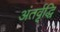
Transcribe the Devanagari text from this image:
अंतर्वृद्धि